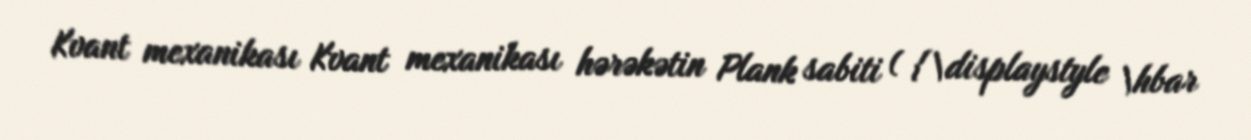
Kvant mexanikası Kvant mexanikası hərəkətin Plank sabiti ( {\displaystyle \hbar